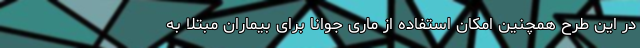
در این طرح همچنین امکان استفاده از ماری جوانا برای بیماران مبتلا به